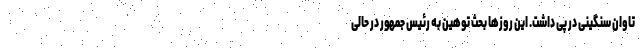
تاوان سنگینی در پی داشت. این روزها بحث توهین به رئیس جمهور در حالی